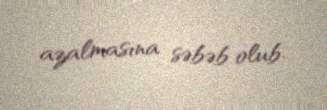
azalmasına səbəb olub.